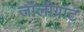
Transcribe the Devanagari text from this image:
जॉलीग्रांट